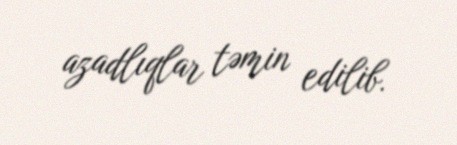
azadlıqlar təmin edilib.